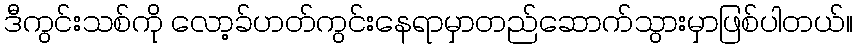
ဒီကွင်းသစ်ကို လော့ခ်ဟတ်ကွင်းနေရာမှာတည်ဆောက်သွားမှာဖြစ်ပါတယ်။